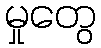
မှုတွေ